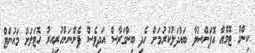
ކިންގް ޓޮމްއާ އޮޕަންސުވާ ބައްދަލުކުރުމަށް ހެދި ބިންގަރާސް އަދިވެސް ފެންނަންހުރިއިރު ހޮޓަލަށް މައުންޓް